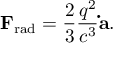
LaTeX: \mathbf { F } _ { \mathrm { r a d } } = { \frac { 2 } { 3 } } { \frac { q ^ { 2 } } { c ^ { 3 } } } \mathbf { \dot { a } } .